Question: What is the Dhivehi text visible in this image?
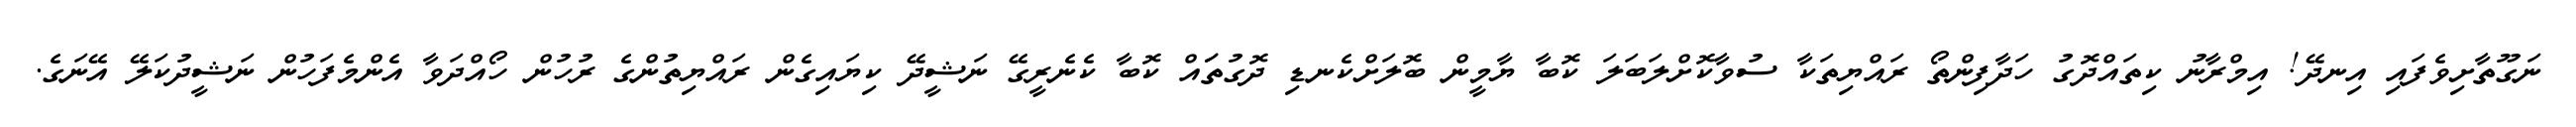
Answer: ނަގޫތާށިވެފައި އިނދޭ! އިމްރާނު ކިތައްދޮގު ހަދާފިންތޯ ރައްޔިތަކާ ސުވާކޮށްލަބަލަ ކޮބާ ޔާމީން ބޮލަށްކެނޑި ދޮގުތަައް ކޮބާ ކެނެރީގޭ ނަޝީދޭ ކިޔައިގެން ރައްޔިތުންގެ ރުހުން ހޯއްދަވާ އެންމެފަހުން ނަޝީދުކަލޭ އޭނަގެ.